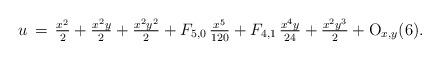
LaTeX: \begin{align*}u\,=\,\tfrac{x^2}{2}+\tfrac{x^2y}{2}+\tfrac{x^2y^2}{2}+F_{5,0}\,\tfrac{x^5}{120}+F_{4,1}\,\tfrac{x^4y}{24}+\tfrac{x^2y^3}{2}+{\rm O}_{x,y}(6).\end{align*}